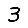
Digit: 3